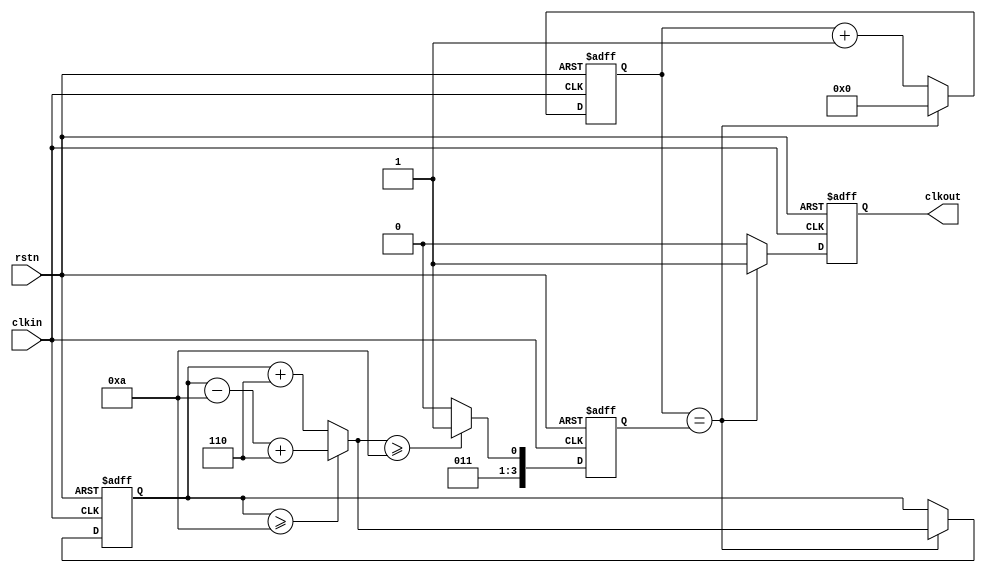
module decimals_divider //
  #(parameter SOURCE_NUM = 76 ,parameter DEST_NUM = 10)//clkclk
   (input rstn ,input clkin,output clkout);
   parameter SOURCE_DIV = SOURCE_NUM/DEST_NUM; //clk
   parameter DEST_DIV   = SOURCE_DIV + 1;      //(SOURCE_DIV+1)(DEST_DIV+2)  
   parameter DIFF_ACC   = SOURCE_NUM - SOURCE_DIV*DEST_NUM;//
   reg [3:0] cnt_end_r ;  //
   reg [3:0] main_cnt ;   //
   reg clkout_r ; //1
   assign clkout = clkout_r ;
   always @(posedge clkin or negedge rstn) begin
      if (!rstn) begin main_cnt    <= 'b0 ; clkout_r  <= 1'b0 ;end
      else if (main_cnt == cnt_end_r) begin main_cnt    <= 'b0 ; clkout_r  <= 1'b1 ;end
      else begin main_cnt <= main_cnt + 1'b1 ; clkout_r  <= 1'b0 ;end end
   wire diff_cnt_en = (main_cnt == cnt_end_r) ;    //
   reg [4:0] diff_cnt_r ;   
   wire [4:0] diff_cnt = (diff_cnt_r >= DEST_NUM) ? (diff_cnt_r -10 + DIFF_ACC) : (diff_cnt_r + DIFF_ACC) ;  //                             
   always @(posedge clkin or negedge rstn) begin
      if (!rstn) begin diff_cnt_r <= 0 ;end       
      else if (diff_cnt_en) begin diff_cnt_r <= diff_cnt ;end end   
   always @(posedge clkin or negedge rstn) begin    //
      if (!rstn) begin cnt_end_r <= SOURCE_DIV-1 ;end   
      else if (diff_cnt >= 10) begin cnt_end_r <= DEST_DIV-1 ;end   //  
      else begin cnt_end_r <= SOURCE_DIV-1 ;end end 
endmodule